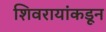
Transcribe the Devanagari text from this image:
शिवरायांकडून